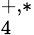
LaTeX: _4^{+,*}